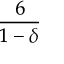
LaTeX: \frac { 6 } { 1 - \delta }